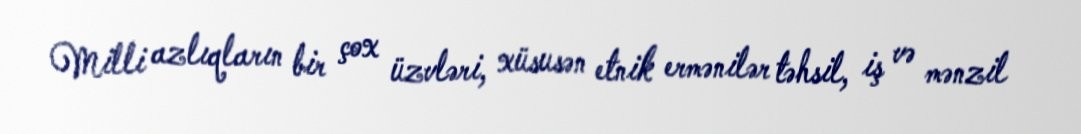
Milli azlıqların bir çox üzvləri, xüsusən etnik ermənilər təhsil, iş və mənzil